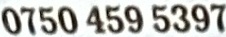
0750 459 5397